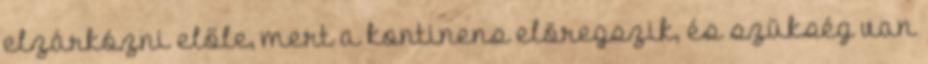
elzárkózni előle, mert a kontinens elöregszik, és szükség van